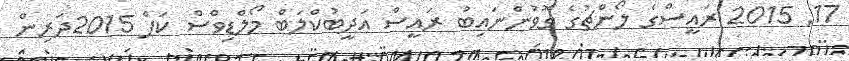
17